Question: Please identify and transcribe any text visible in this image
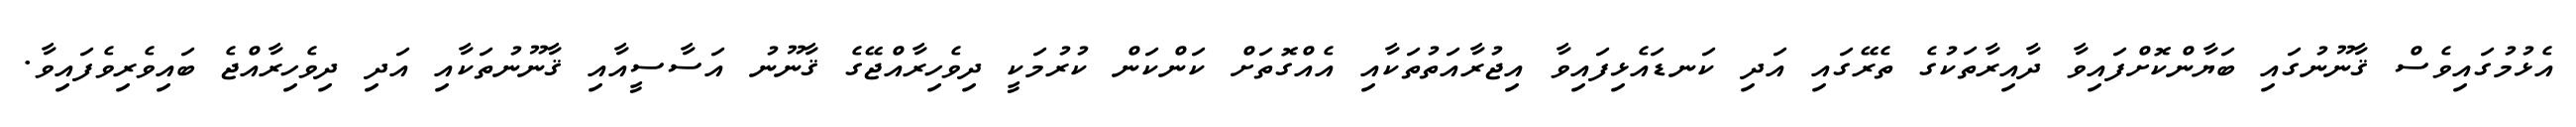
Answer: އެޅުމުގައިވެސް ޤާނޫނުގައި ބަޔާންކޮށްފައިވާ ދާއިރާތަކުގެ ތެރޭގައި އަދި ކަނޑައެޅިފައިވާ އިޖުރާއަތުތަކާއި އެއްގޮތަށް ކަންކަން ކުރުމަކީ ދިވެހިރާއްޖޭގެ ޤާނޫނު އަސާސީއާއި ޤާނޫނުތަކާއި އަދި ދިވެހިރާއްޖެ ބައިވެރިވެފައިވާ.